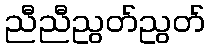
ညီညီညွတ်ညွတ်